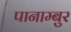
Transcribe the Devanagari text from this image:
पानाम्बुर